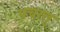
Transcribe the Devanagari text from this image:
प्रचरतु